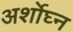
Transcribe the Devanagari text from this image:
अर्शोघ्न